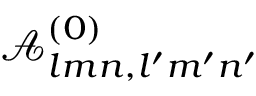
\mathcal { A } _ { l m n , l ^ { \prime } m ^ { \prime } n ^ { \prime } } ^ { ( 0 ) }